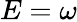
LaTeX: E=\omega